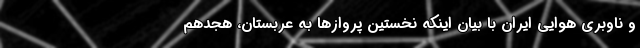
و ناوبری هوایی ایران با بیان اینکه نخستین پرواز‌ها به عربستان، هجدهم